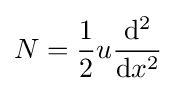
N={\frac {1}{2}}u{\frac {\mathrm {d} ^{2}}{\mathrm {d} x^{2}}}